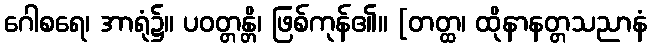
ဂေါစရေ၊ အာရုံ၌။ ပဝတ္တန္တိ၊ ဖြစ်ကုန်၏။ [တတ္ထ၊ ထိုနာနတ္တသညာနံ